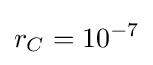
r_{C}=10^{-7}